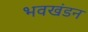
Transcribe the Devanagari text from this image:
भवखंडन